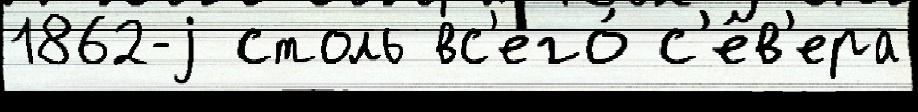
1862-j столь вс'его́ с'е́в'ера